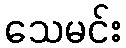
သေမင်း